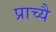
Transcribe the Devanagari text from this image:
प्राच्यै